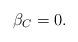
LaTeX: \begin{align*}\beta_C = 0.\end{align*}